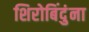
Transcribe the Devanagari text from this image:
शिरोबिंदुंना